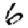
Digit: 6